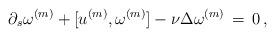
LaTeX: \begin{align*} \partial_s \omega^{(m)} + [u^{(m)},\omega^{(m)}] -\nu\Delta \omega^{(m)} \,=\, 0\,,\end{align*}